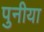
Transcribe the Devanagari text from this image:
पुनीया